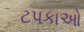
ટપકાઓ